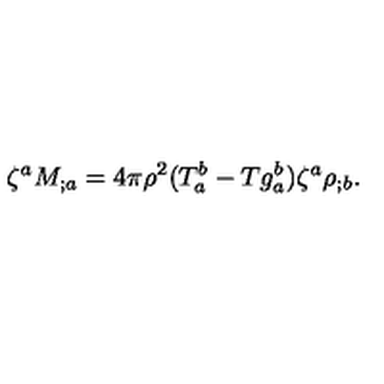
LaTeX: \zeta ^ { a } M _ { ; a } = 4 \pi \rho ^ { 2 } ( T _ { a } ^ { b } - T g _ { a } ^ { b } ) \zeta ^ { a } \rho _ { ; b } .